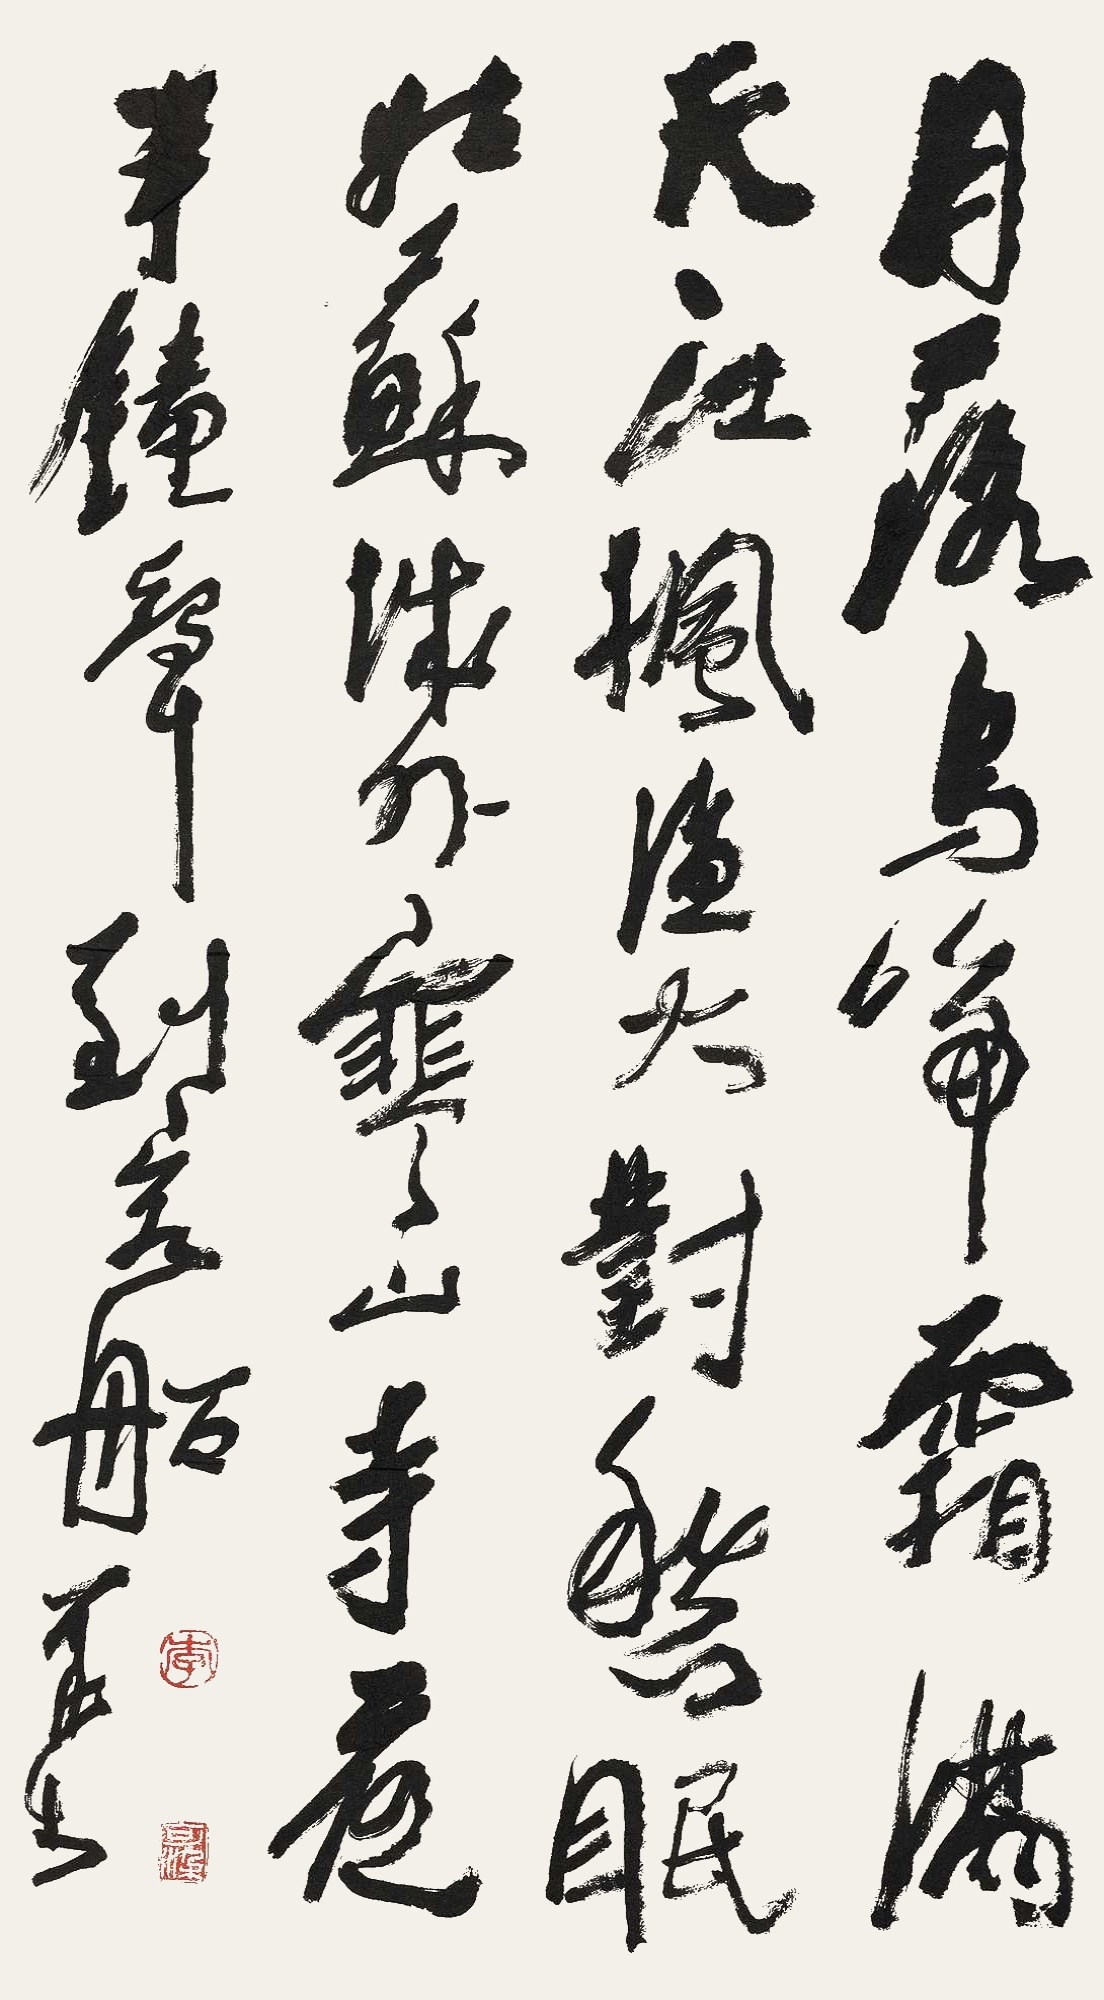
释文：月落乌啼霜满天，江枫渔火对愁眠。姑苏城外寒山寺，夜半钟声到客船。可染。